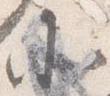
小